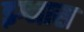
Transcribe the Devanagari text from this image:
इग्नास